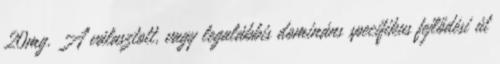
20mg. A választott, vagy legalábbis domináns specifikus fejlődési út